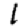
Digit: 1